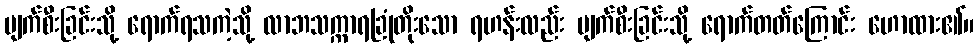
ပျက်စီးခြင်းသို့ ရောက်ရသကဲ့သို့ လာဘသက္ကာရခြုံတိုးသော ရဟန်းလည်း ပျက်စီးခြင်းသို့ ရောက်တတ်ကြောင်း ဟောထား၏။